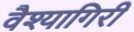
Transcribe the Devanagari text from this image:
वैश्यागिरी